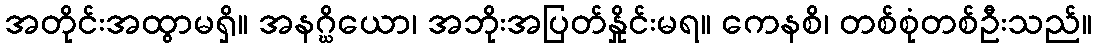
အတိုင်းအထွာမရှိ။ အနဂ္ဃိယော၊ အဘိုးအပြတ်နှိုင်းမရ။ ကေနစိ၊ တစ်စုံတစ်ဦးသည်။